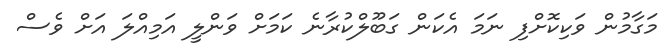
މަގާމުން ވަކިކޮށްފި ނަމަ އެކަން ގަބޫލްކުރާނެ ކަމަށް ވަންލީ އަމިއްލަ އަށް ވެސް